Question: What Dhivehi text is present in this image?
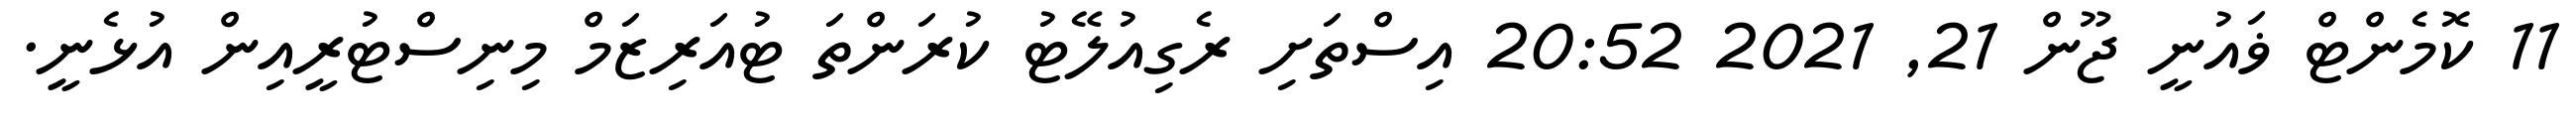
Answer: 11 ކޮމެންޓް ޥައުނީ ޖޫން 21, 2021 20:52 އިސްތަށި ރެގިއުލޭޓު ކުރަންތަ ޓުއަރިޒަމް މިނިސްޓުރީއިން އުޅެނީ.